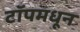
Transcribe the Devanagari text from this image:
टॉपमधून